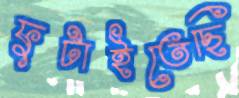
ফুটাইতেছি